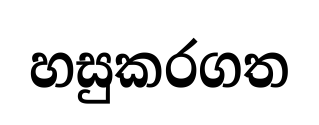
හසුකරගත